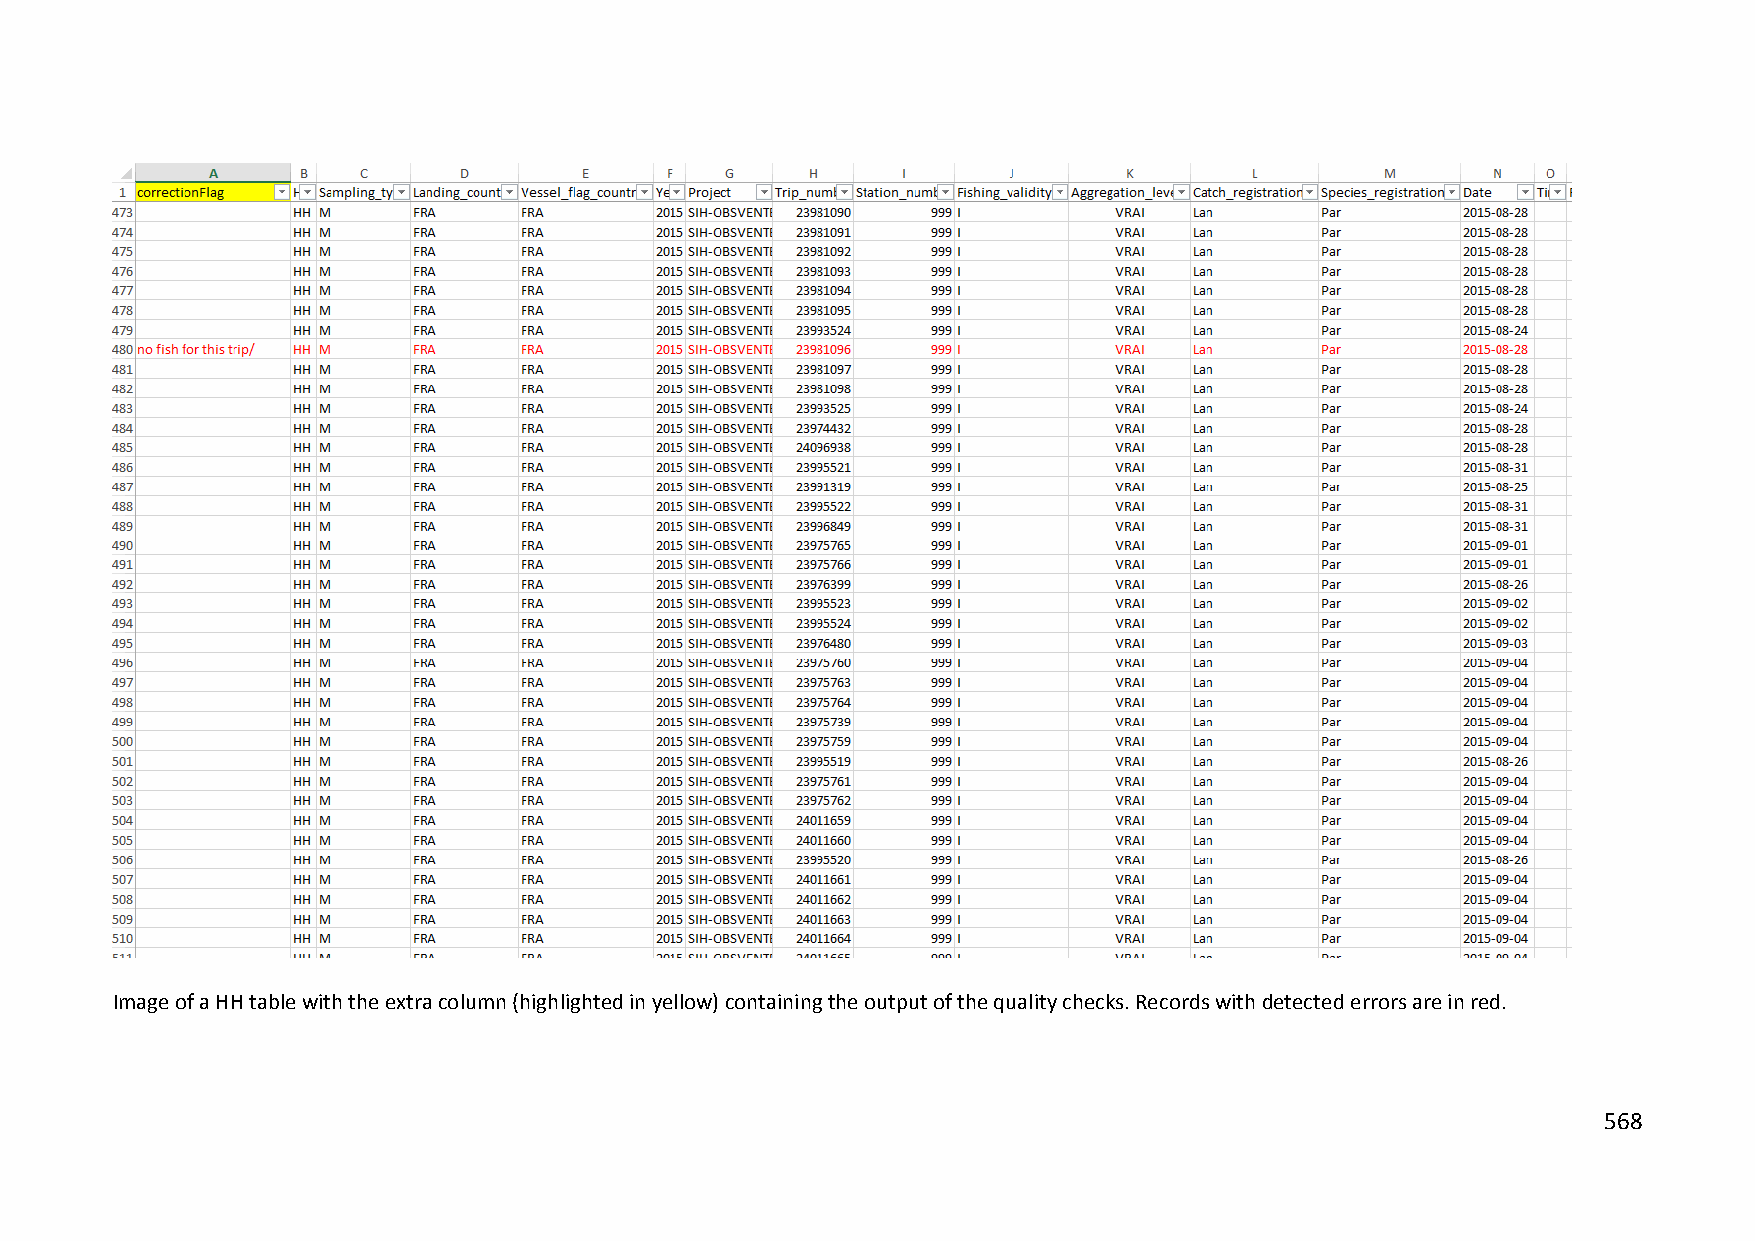
Image of a HH table with the extra column (highlighted in yellow) containing the output of the quality checks. Records with detected errors are in red.
 568